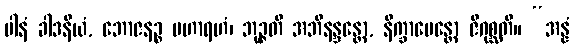
ပါနံ ခါဒနီယံ, ဘောဇနဉ္စ မဟာရဟံ၊ ဘုဉ္ဇတိ အဘိနန္ဒန္တော, နိက္ခာမေန္တော ဇိဂုစ္ဆတိ။ “အန္နံ